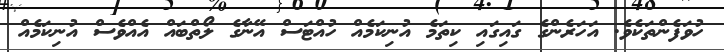
ހުވަފެންތަކެވެ. އަހަރެންގެ ގައިގައި ކިތަމެ އުނިކަމެއް ހުއްޓަސް އޭނާގެ ލޯތްބައް އެއްވެސް އުނިކަމެއް